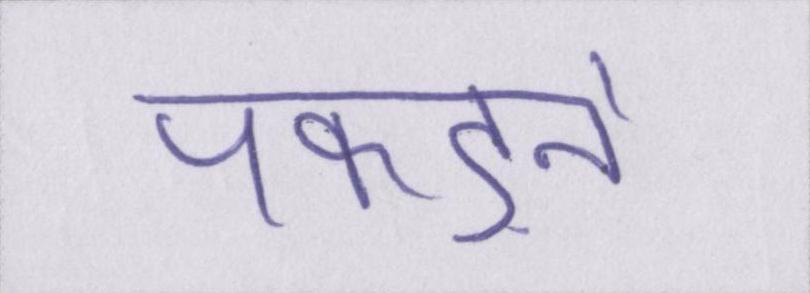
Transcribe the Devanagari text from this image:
पकड़ने